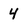
Character: 4